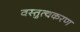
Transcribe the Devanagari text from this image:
वस्तुत्वकरण